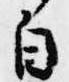
自